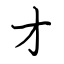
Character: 才